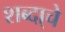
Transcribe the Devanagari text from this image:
शब्दा्चे